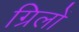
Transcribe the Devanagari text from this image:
ग्रिलों